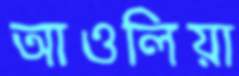
আওলিয়া